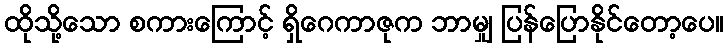
ထိုသို့သော စကားကြောင့် ရှိဂေကာဇုက ဘာမျှ ပြန်ပြောနိုင်တော့ပေ။